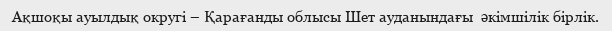
Ақшоқы ауылдық округі – Қарағанды облысы Шет ауданындағы  әкімшілік бірлік.